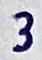
Text: 3